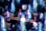
تثلج